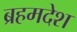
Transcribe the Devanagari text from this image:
ब्रहमदेश